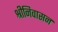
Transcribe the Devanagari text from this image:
श्रीनिवासन